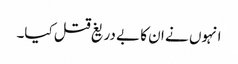
انہوں نے ان کا بے دریغ قتل کیا۔